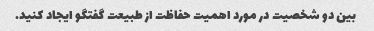
بین دو شخصیت در مورد اهمیت حفاظت از طبیعت گفتگو ایجاد کنید.